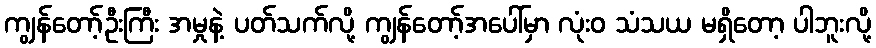
ကျွန်တော့်ဦးကြီး အမှုနဲ့ ပတ်သက်လို့ ကျွန်တော့်အပေါ်မှာ လုံးဝ သံသယ မရှိတော့ ပါဘူးလို့